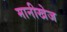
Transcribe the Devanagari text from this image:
मानीखेज